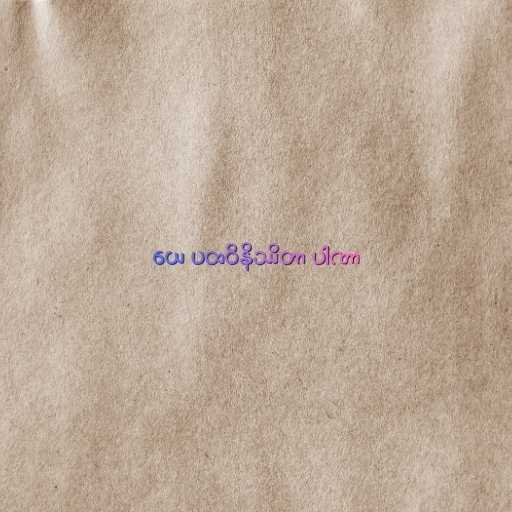
ယေ ပထဝိနိဿိတာ ပါဏာ